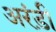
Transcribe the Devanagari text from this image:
अरंड़ी